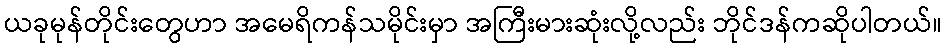
ယခုမုန်တိုင်းတွေဟာ အမေရိကန်သမိုင်းမှာ အကြီးမားဆုံးလို့လည်း ဘိုင်ဒန်ကဆိုပါတယ်။